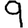
Digit: 9